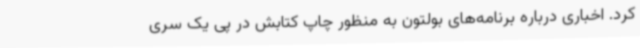
کرد. اخباری درباره برنامه‌های بولتون به منظور چاپ کتابش در پی یک سری